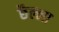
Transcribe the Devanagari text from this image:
छैल्ला